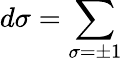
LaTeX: d\sigma=\sum_{\sigma=\pm 1}